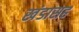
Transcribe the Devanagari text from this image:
खंडासह